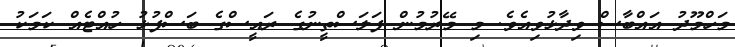
މަހްމޫދު އައްބާސް ވިދާޅުވިއެވެ. މި މޭރުމުން ފަލަސްތީނުގެ ރައީސްގެ ބަސްފުޅު ހުއްޓެއް ކަމަކު